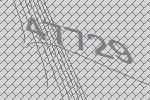
47729